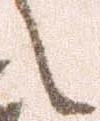
之